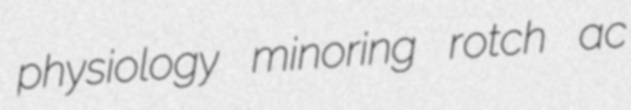
physiology minoring rotch ac